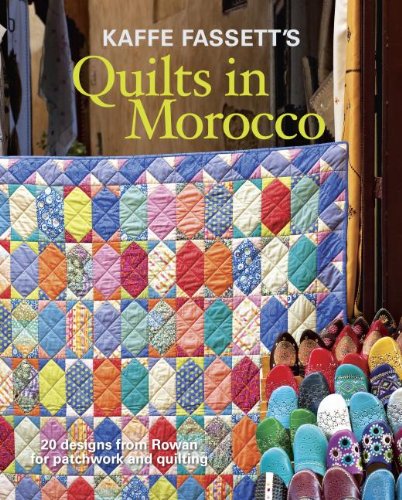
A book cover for Kaffe Fassett's Quilts in Morocco: 20 designs from Rowan for patchwork and quilting; Kaffe Fassett; Crafts, Hobbies & Home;